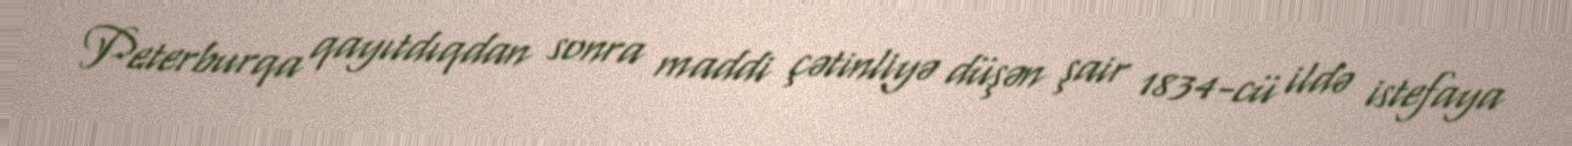
Peterburqa qayıtdıqdan sonra maddi çətinliyə düşən şair 1834-cü ildə istefaya